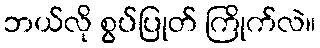
ဘယ်လို စွပ်ပြုတ် ကြိုက်လဲ။